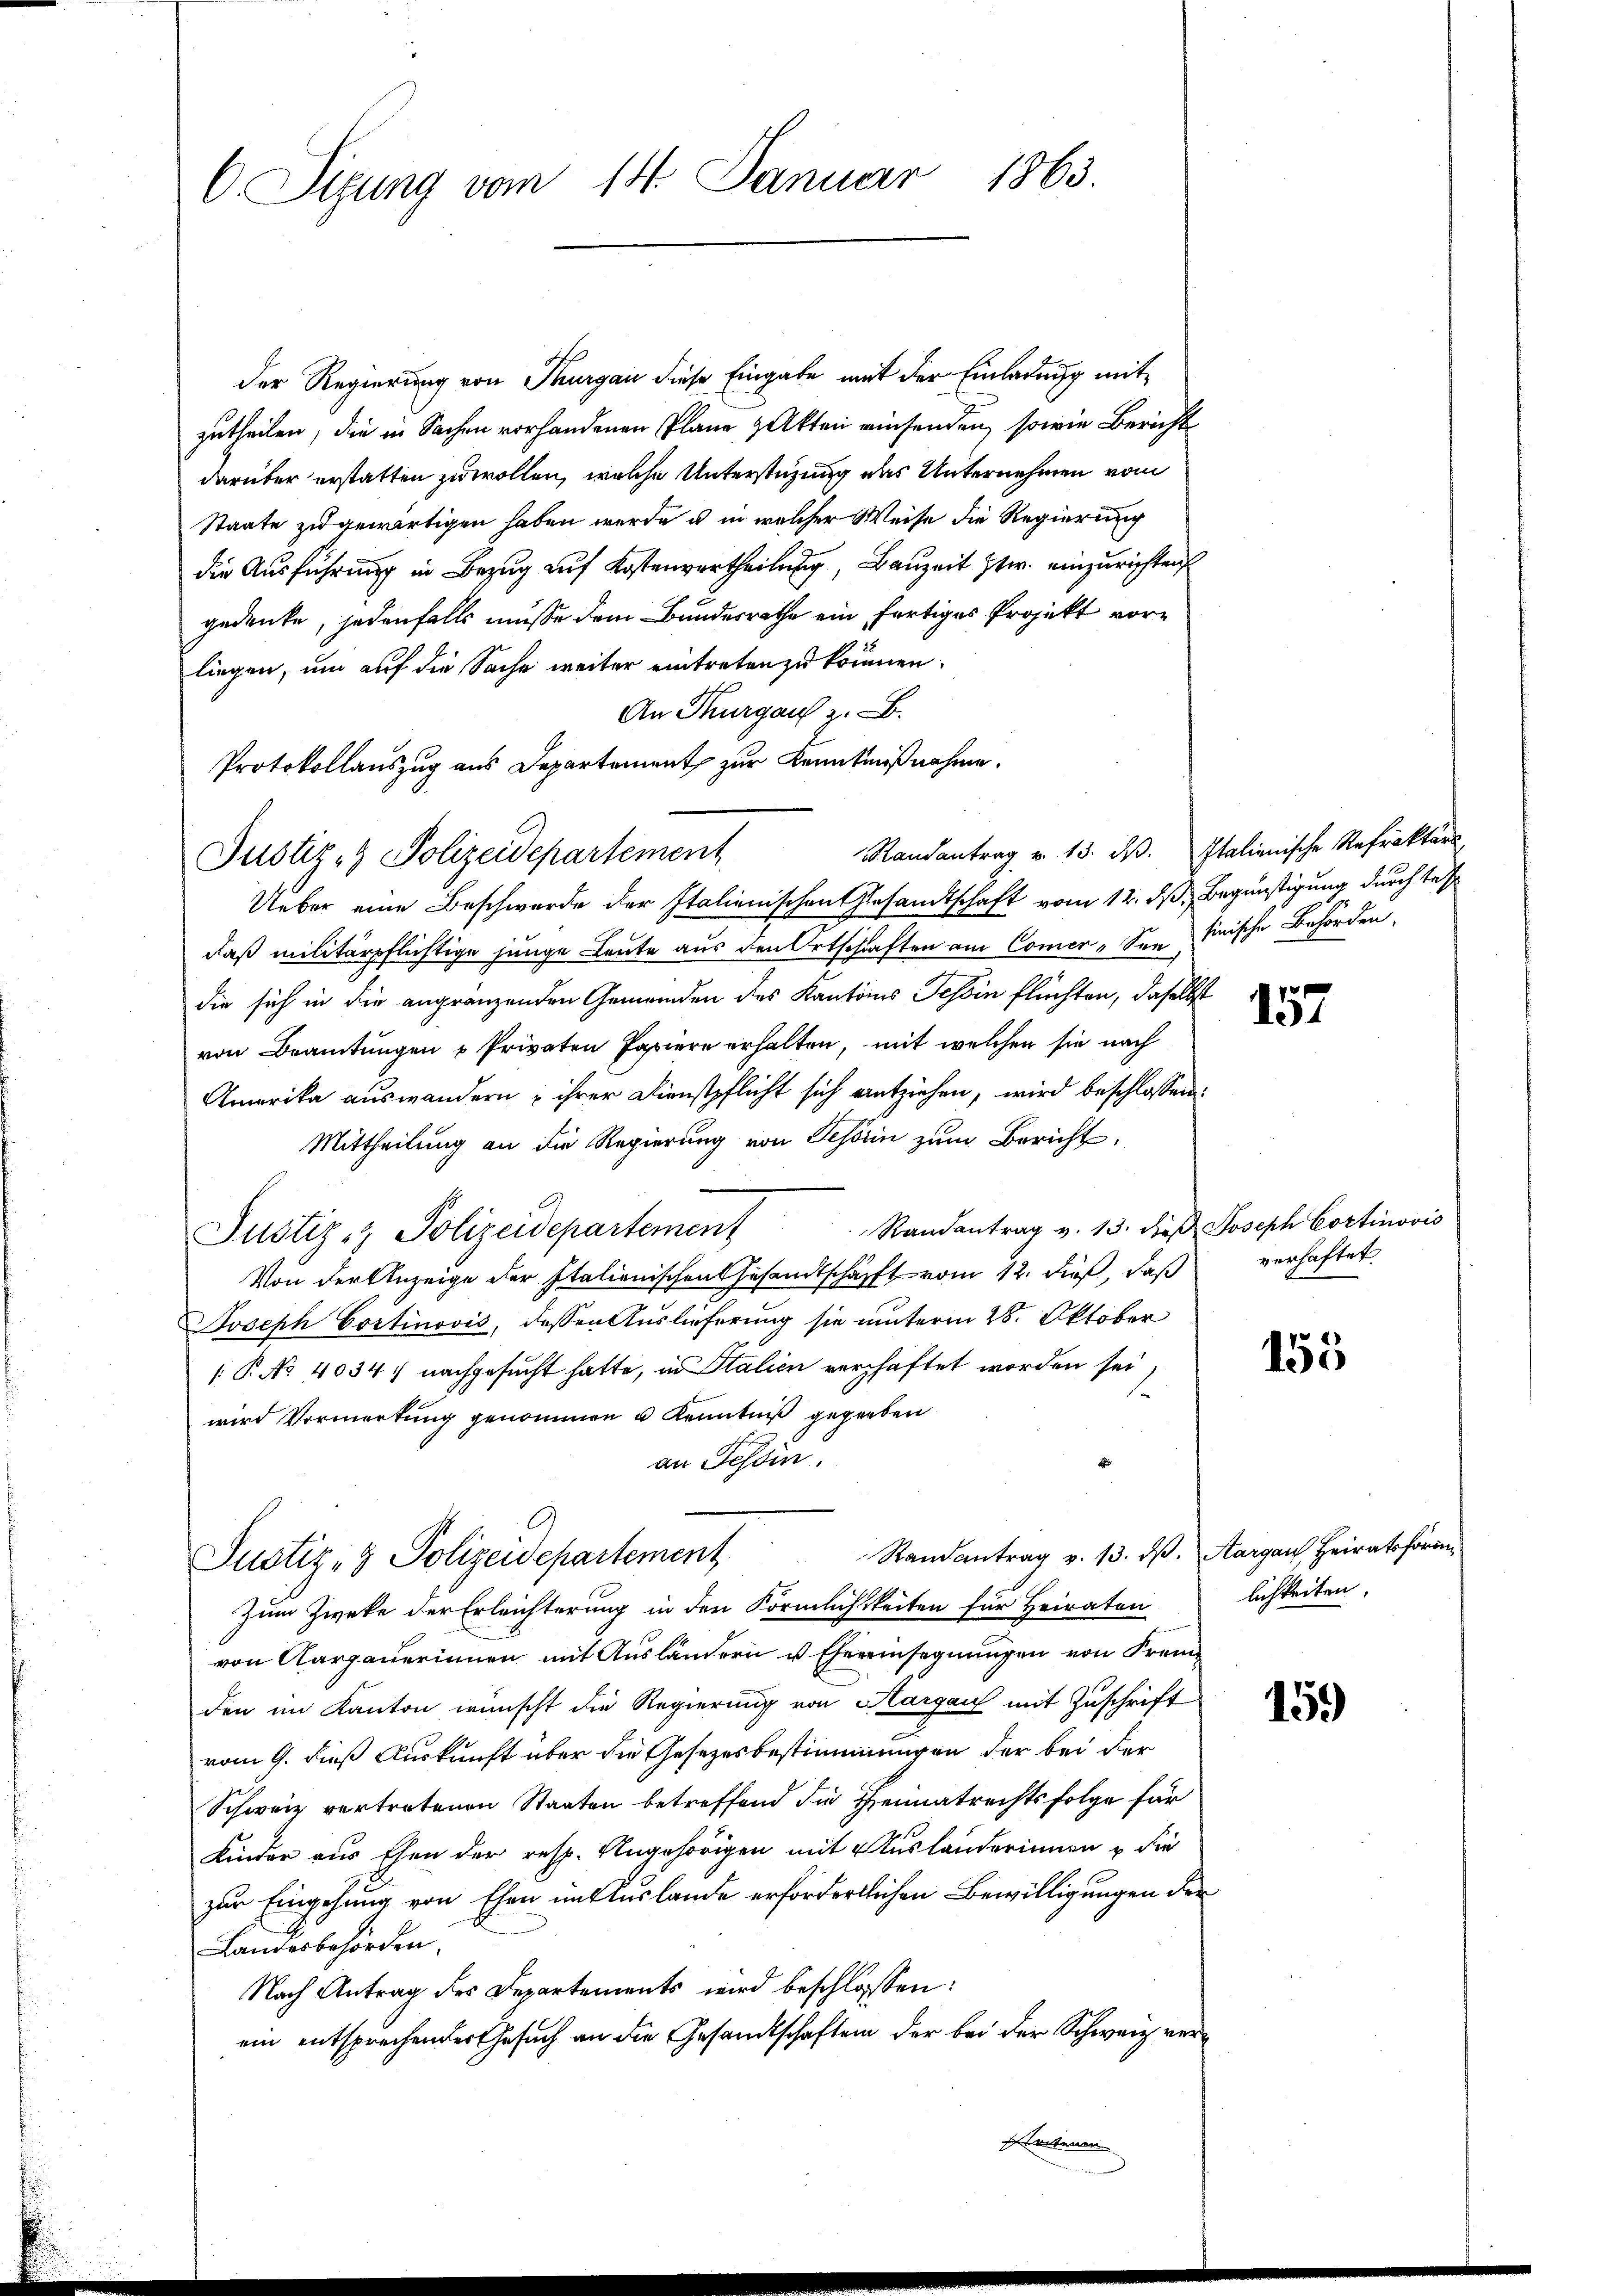
C. Sizung vom 14. Januar 1863.

Der Regierung von Thurgau diese Eingabe mit der Einladung mitzutheilen, die in Sachen vorhandenen Pläne & Akten einsenden, sowie Bericht
darüber erstatten zu wollen, welche Unterstüzung des Unternehmen vom
Staate zu gewärtigen haben werde u. in welcher Weise die Regierung
die Ausführung in Bezug auf Kostenvertheilung, Bauzeit zw. einzurichten
gedenke, jedenfalls müsse dem Bundesrathe ein fertiges Projekt vorliegen, um auf die Sache weiter eintreten zu können.
An Thurgau z. B.
Protokollauszug aus Departement zur Kenntnißnahme.
Ueber eine Beschwerde der Italienischen Gesandtschaft vom 12. ds Begünstigung durch tes
daß militärpflichtige junge Leute aus den Ortschaften am Comer-See hinische Behörden,
die sich in die angränzenden Gemeinden des Kantons Tessin flüchten, daselbst
von Beamtungen u Privaten Papiere erhalten, mit welchen sie nach
Amerika auswandern & ihrer Dienstpflicht sich entziehen, wird beschlossen:
Mittheilung an die Regierung von Gehören zum Bericht,
Randantrag v. 13. dieβ Joseph Cortinovis
Justiz- & Polizeidepartement
Von der Anzeige der Italienischen Gesandtschäfft vom 12. dieß, daß
Joseph Cortinović, dessen Auslieferung sie unterm 28. Oktober
P No 4034: nachgesucht hatte, in Italien verschaftet worden sei,
1
wird Vormerkung genommen u Kenntniß gegraben
an Tessin.
Randantrag v. 13. ds. Aargau, Heiratshöri
Justiz- & Polizeidepartement
Zum Zweke der Erleichterung in den Förmlichkeiten für Heiraten
von Aargauerinnen mit Ausländern u. Ehereinsegnungen von Fremden im Kanton wünscht die Regierung von Margau mit Zuschrift
vom 9. dieß Auskunft über die Gesetzesbestimmungen der bei der
Schweiz vertretenen Staaten betreffend die Heimatrechtsfolge für
Kinder aus Ehen der resp. Angehörigen mit Auslanderinnen u die
zur Eingehung von Ehen mit Auslande erfordertlichen Bewilligungen der
Landesbehörden.
Nach Antrag des Departements wird beschlossen:
ein entsprechender Gesuch an die Gesandtschaften der bei der Schweiz verleiteren

Justiz- & Polizeidepartement

Randantrag v. 13. ds. Italienische Refraktärs

157

verhaftet.

155

lichkeiten.

159)